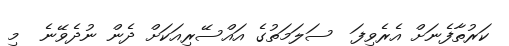
ކަރުތާފެނަށް އެރެވިފަ  ސަލަމަތުގެ އައްސޭރިއަކަށް ދެން ނުދެވޭނެ  މި